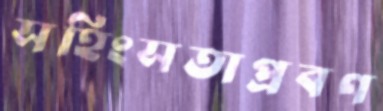
সহিংসতাপ্রবণ